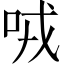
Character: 𠲦